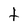
Character: t